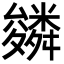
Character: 𮇾